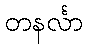
တနင်္လာ